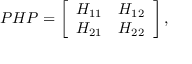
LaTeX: P H P = \left[ \begin{array} { r r } { { H _ { 1 1 } } } & { { H _ { 1 2 } } } \\ { { H _ { 2 1 } } } & { { H _ { 2 2 } } } \end{array} \right] ,